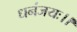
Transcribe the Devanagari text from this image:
धनंजयः।।